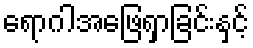
ရောဂါအဖြေရှာခြင်းနှင့်